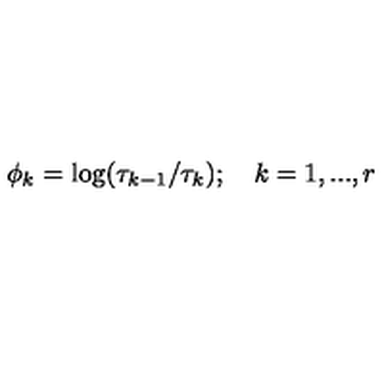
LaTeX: \phi _ { k } = \log ( \tau _ { k - 1 } / \tau _ { k } ) ; \quad k = 1 , . . . , r